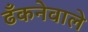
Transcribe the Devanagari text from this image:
ढँकनेवाले